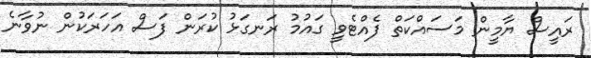
ރައީސް ޔާމީން މަސައްކަތް ފެއްޓެވީ ގައުމު ރަނގަޅު ކުރަން ފަސް އަހަރަކުން ނުވާނެ